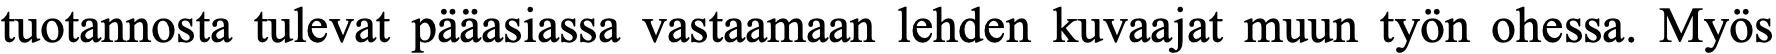
tuotannosta tulevat pääasiassa vastaamaan lehden kuvaajat muun työn ohessa. Myös